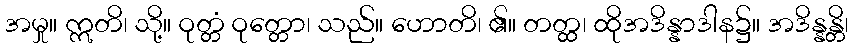
အမှု။ ဣတိ၊ သို့။ ဝုတ္တံ ဝုတ္တော၊ သည်။ ဟောတိ၊ ၏။ တတ္ထ၊ ထိုအဒိန္နာဒါန၌။ အဒိန္နန္တိ၊